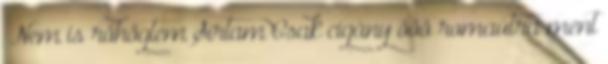
„Nem is röhögtem Sírtam Csak cigány ööö romaútra ment